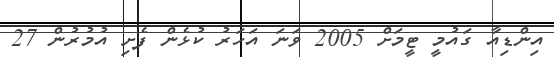
އިންޑިއާ ގައުމީ ޓީމަށް 2005 ވަނަ އަހަރު ކުޅެން ފެށި އުމުރުން 27